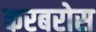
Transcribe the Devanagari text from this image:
करबरोस